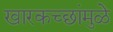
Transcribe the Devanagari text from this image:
खारकच्छांमुळे